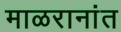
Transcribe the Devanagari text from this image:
माळरानांत